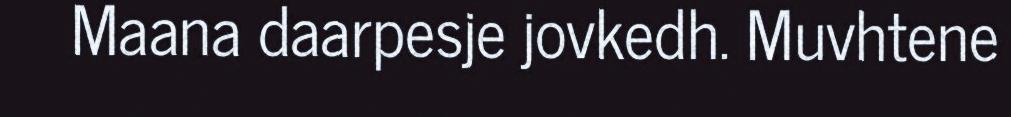
Maana daarpesje jovkedh. Muvhtene